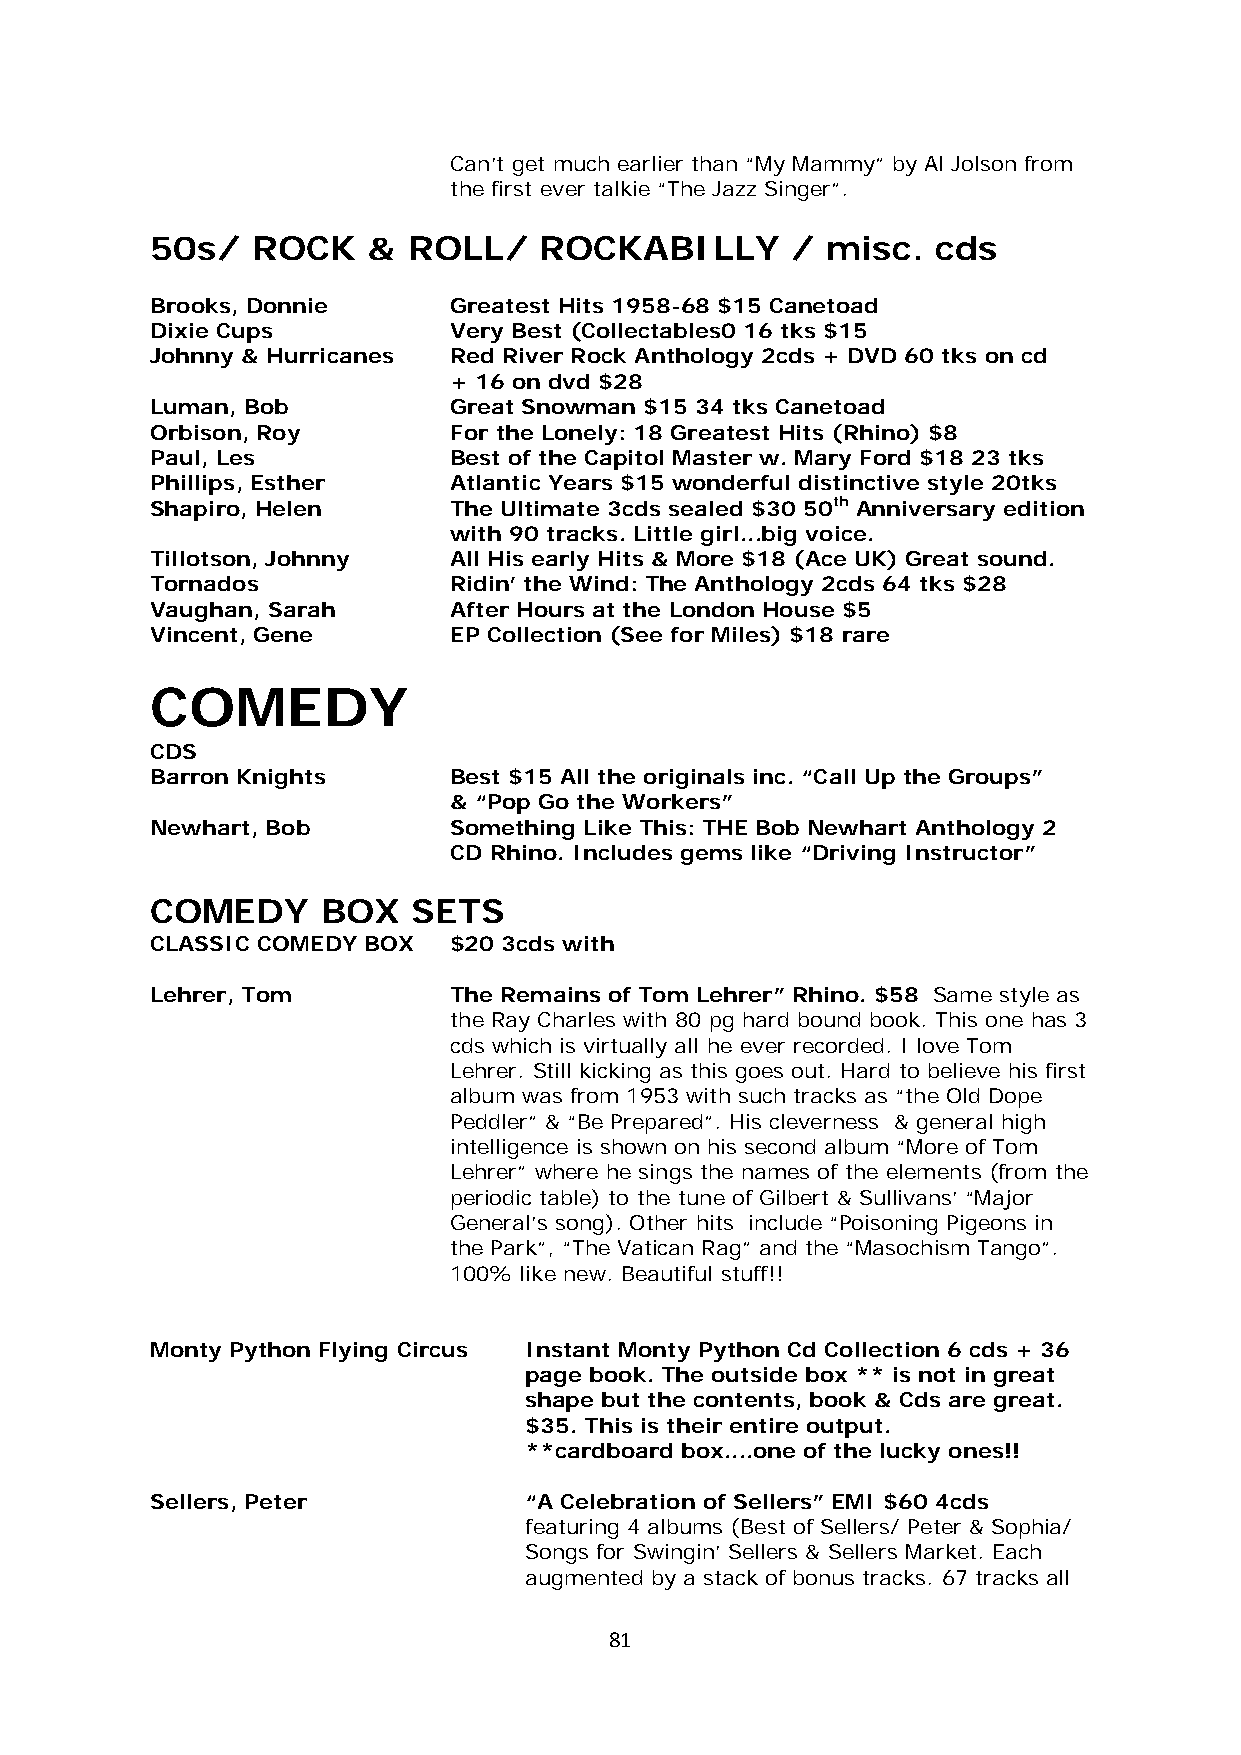
Can’t get much earlier than “My Mammy” by Al Jolson from
 the first ever talkie “The Jazz Singer”.
 50s/   ROCK   &  ROLL/    ROCKABILLY      /  misc.  cds
 Brooks, Donnie      Greatest Hits 1958-68 $15 Canetoad
 Dixie Cups          Very Best (Collectables0 16 tks $15
 Johnny & Hurricanes Red River Rock Anthology 2cds + DVD 60 tks on cd
 + 16 on dvd $28
 Luman, Bob          Great Snowman $15 34 tks Canetoad
 Orbison, Roy        For the Lonely: 18 Greatest Hits (Rhino) $8
 Paul, Les           Best of the Capitol Master w. Mary Ford $18 23 tks
 Phillips, Esther    Atlantic Years $15 wonderful distinctive style 20tks
 Shapiro, Helen      The Ultimate 3cds sealed $30 50th Anniversary edition
 with 90 tracks. Little girl...big voice.
 Tillotson, Johnny   All His early Hits & More $18 (Ace UK) Great sound.
 Tornados            Ridin’ the Wind: The Anthology 2cds 64 tks $28
 Vaughan, Sarah      After Hours at the London House $5
 Vincent, Gene       EP Collection (See for Miles) $18 rare
 COMEDY
 CDS
 Barron Knights      Best $15 All the originals inc. “Call Up the Groups”
 & “Pop Go the Workers”
 Newhart, Bob        Something Like This: THE Bob Newhart Anthology 2
 CD Rhino. Includes gems like “Driving Instructor”
 COMEDY     BOX   SETS
 CLASSIC COMEDY BOX  $20 3cds with
 Lehrer, Tom         The Remains of Tom Lehrer” Rhino. $58 Same style as
 the Ray Charles with 80 pg hard bound book. This one has 3
 cds which is virtually all he ever recorded. I love Tom
 Lehrer. Still kicking as this goes out. Hard to believe his first
 album was from 1953 with such tracks as “the Old Dope
 Peddler” & “Be Prepared”. His cleverness & general high
 intelligence is shown on his second album “More of Tom
 Lehrer” where he sings the names of the elements (from the
 periodic table) to the tune of Gilbert & Sullivans’ “Major
 General’s song). Other hits include “Poisoning Pigeons in
 the Park”, “The Vatican Rag” and the “Masochism Tango”.
 100% like new. Beautiful stuff!!
 Monty Python Flying Circus Instant Monty Python Cd Collection 6 cds + 36
 page book. The outside box ** is not in great
 shape but the contents, book & Cds are great.
 $35. This is their entire output.
 **cardboard box....one of the lucky ones!!
 Sellers, Peter           “A Celebration of Sellers” EMI $60 4cds
 featuring 4 albums (Best of Sellers/ Peter & Sophia/
 Songs for Swingin’ Sellers & Sellers Market. Each
 augmented by a stack of bonus tracks. 67 tracks all
 81